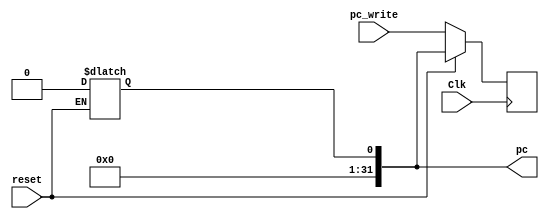
`timescale 1ns / 1ps

module PC(
	input [31:0] pc_write,
	input Clk,
	input reset,
	output reg [31:0] pc
    );
	
	always @ (posedge Clk)
	begin
		if(reset == 0) pc <= pc_write;
	end
	
	always @ (reset)
	begin
		if(reset == 1) pc = 0;
	end
	
	initial begin
	pc = 1;
	end
endmodule